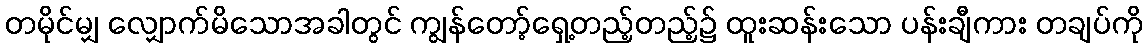
တမိုင်မျှ လျှောက်မိသောအခါတွင် ကျွန်တော့်ရှေ့တည့်တည့်၌ ထူးဆန်းသော ပန်းချီကား တချပ်ကို